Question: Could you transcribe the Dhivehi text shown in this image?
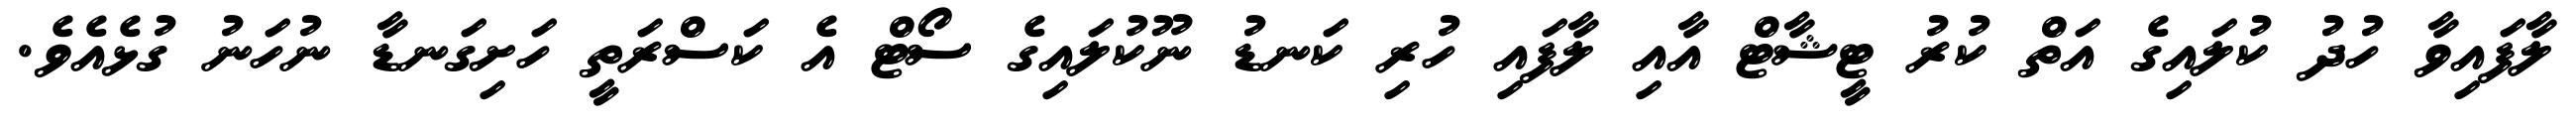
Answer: ލާފައިވާ ހުދު ކުލައިގެ އަތް ކުރު ޓީޝާޓް އާއި ލާފައި ހުރި ކަނޑު ނޫކުލައިގެ ސޯޓް އެ ކަސްރަތީ ހަށިގަނޑާ ނުހަނު ގުޅެއެވެ.